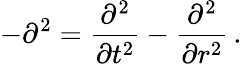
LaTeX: -\partial^{2}=\frac{\partial^{2}}{\partial t^{2}}-\frac{\partial^{2}}{\partial r^{2}}\, .